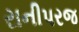
રાનીપરજ